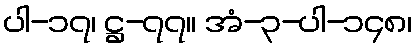
ပါ-၁၇၊ ဋ္ဌ-၇၇။ အံ-၃-ပါ-၁၄၈၊